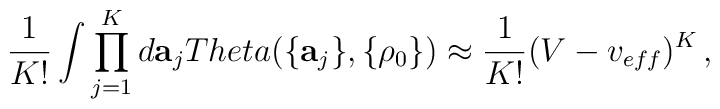
\frac{1}{K!} \int \prod_{j=1}^{K} d{\bf a}_j\\Theta(\{{\bf a}_j\},\{\rho_0\})\approx \frac{1}{K!} (V - v_{eff})^K \,,